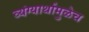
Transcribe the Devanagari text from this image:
व्यंग्यार्थामुळेच